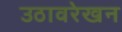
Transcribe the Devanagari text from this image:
उठावरेखन